Bréfritari: Jón Eldon Erlendsson
Dagsetning: A-1888-10-10
Skrifað á: Vesturheimi

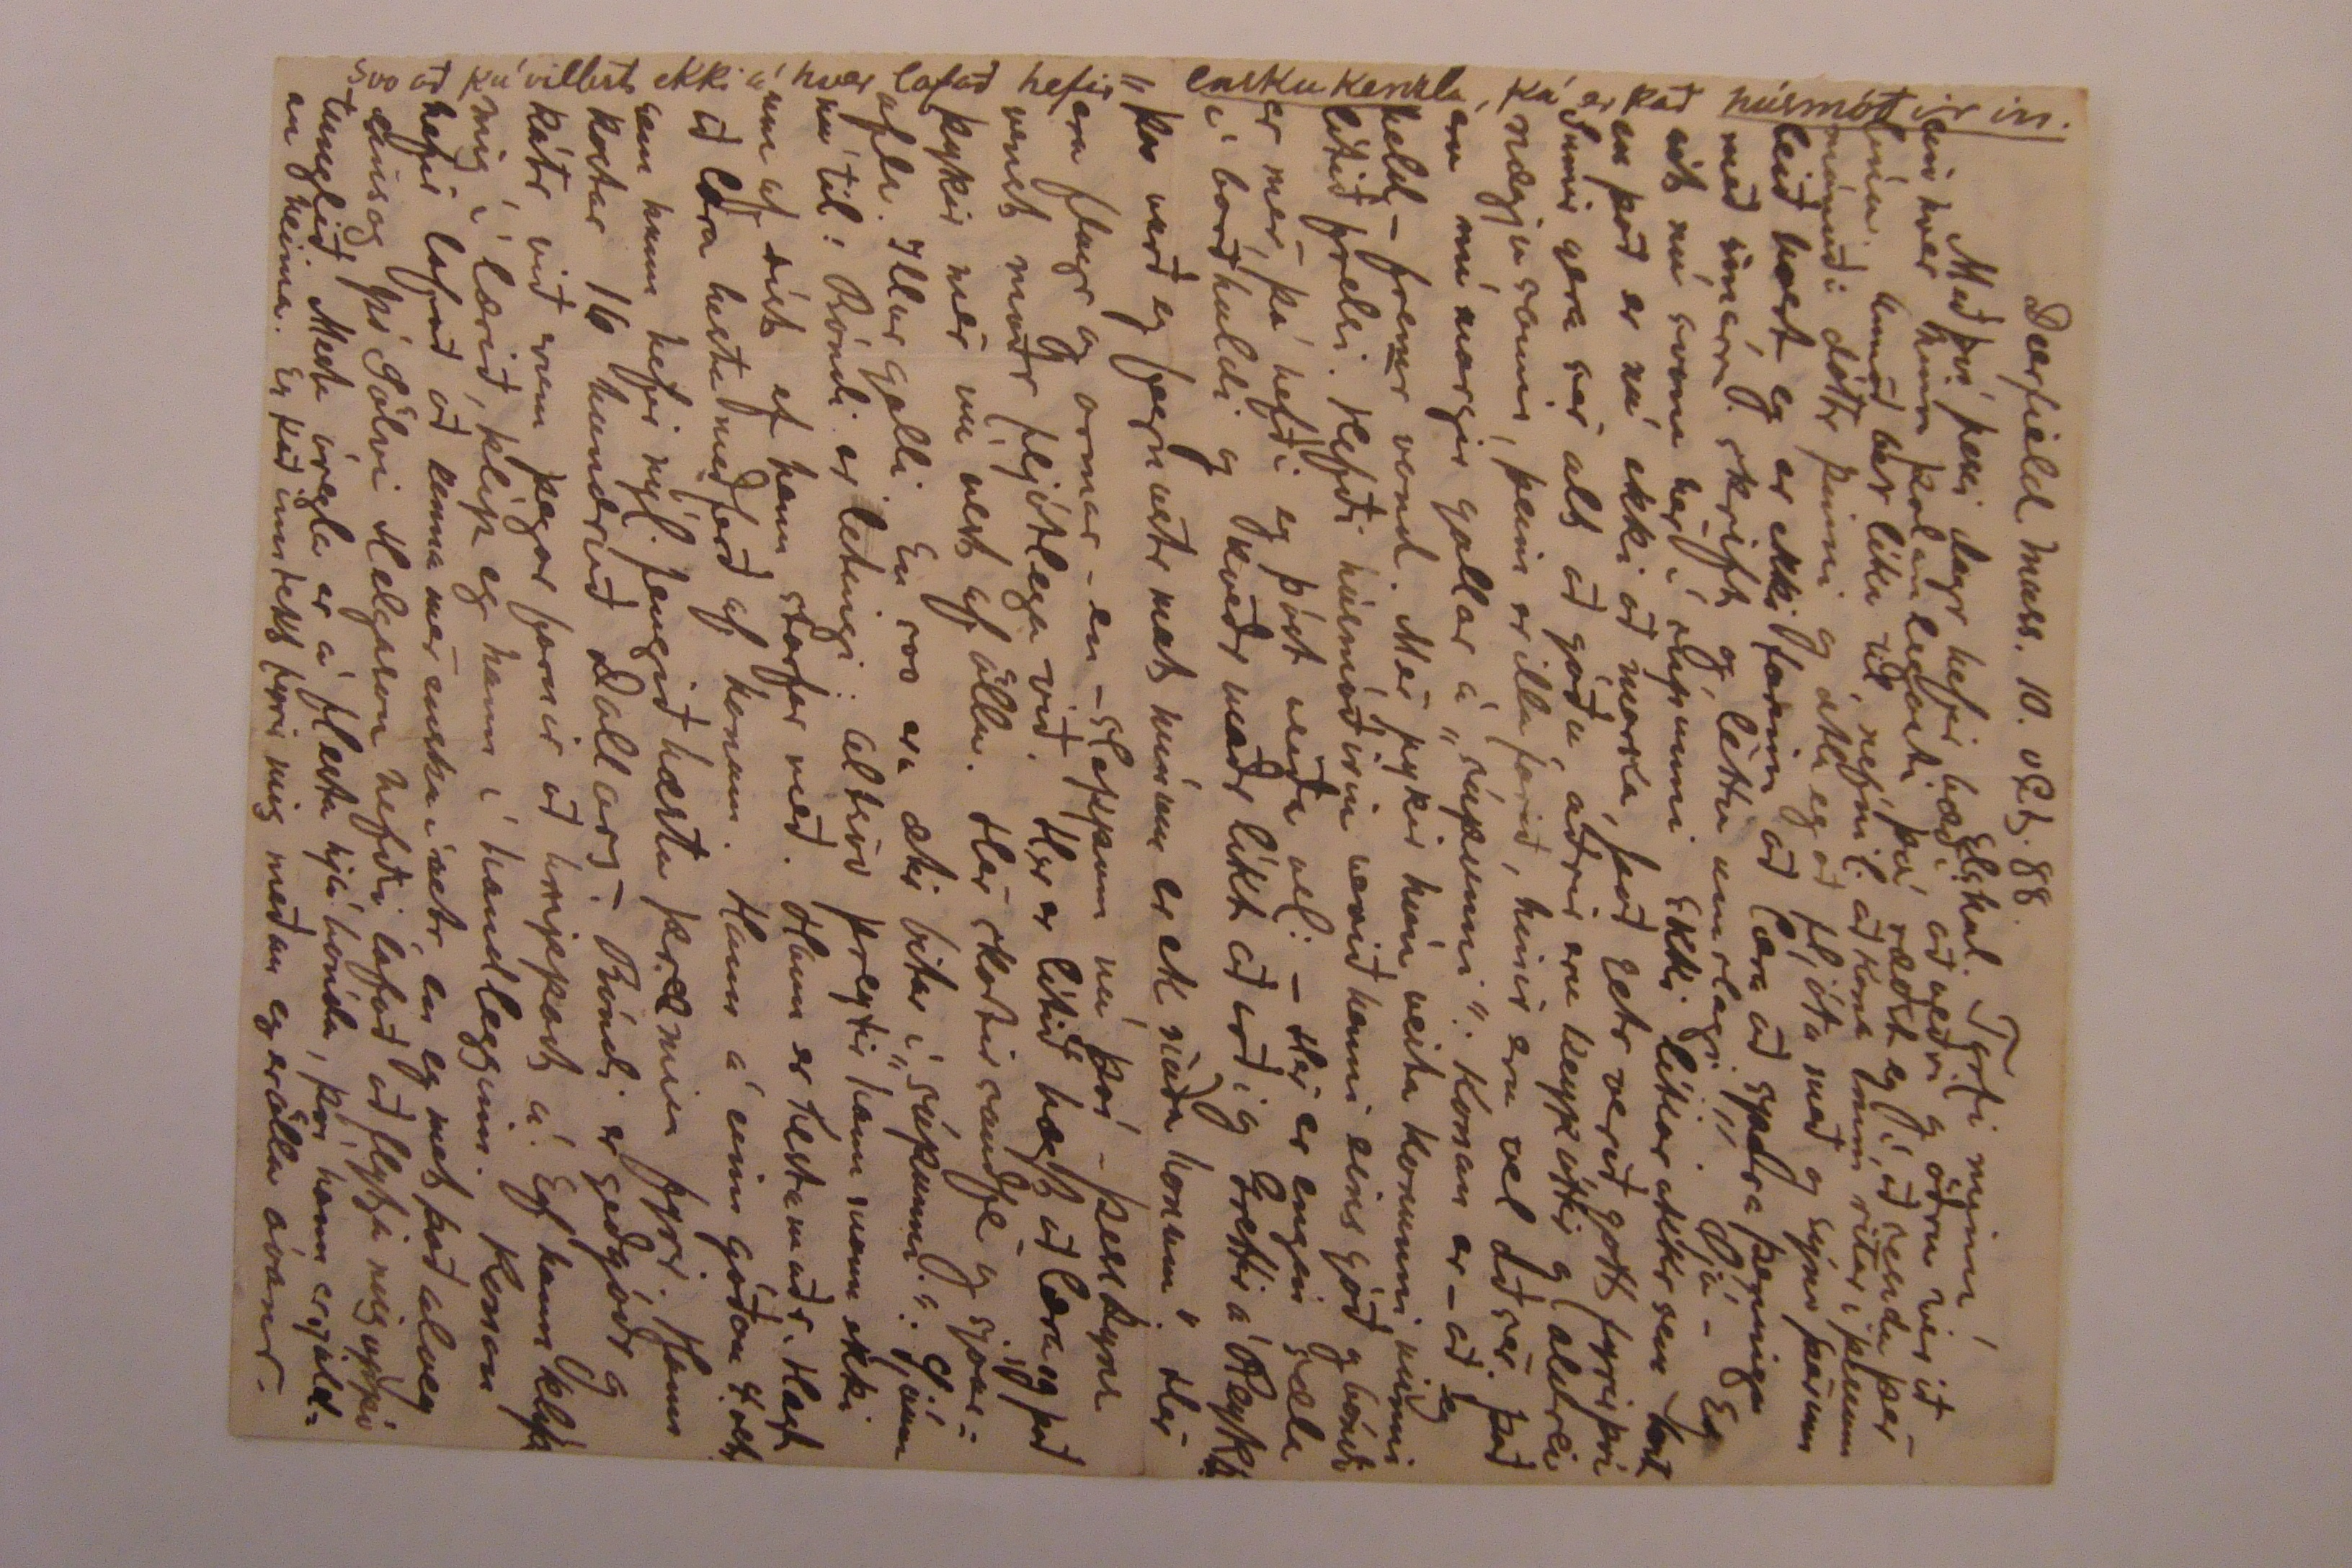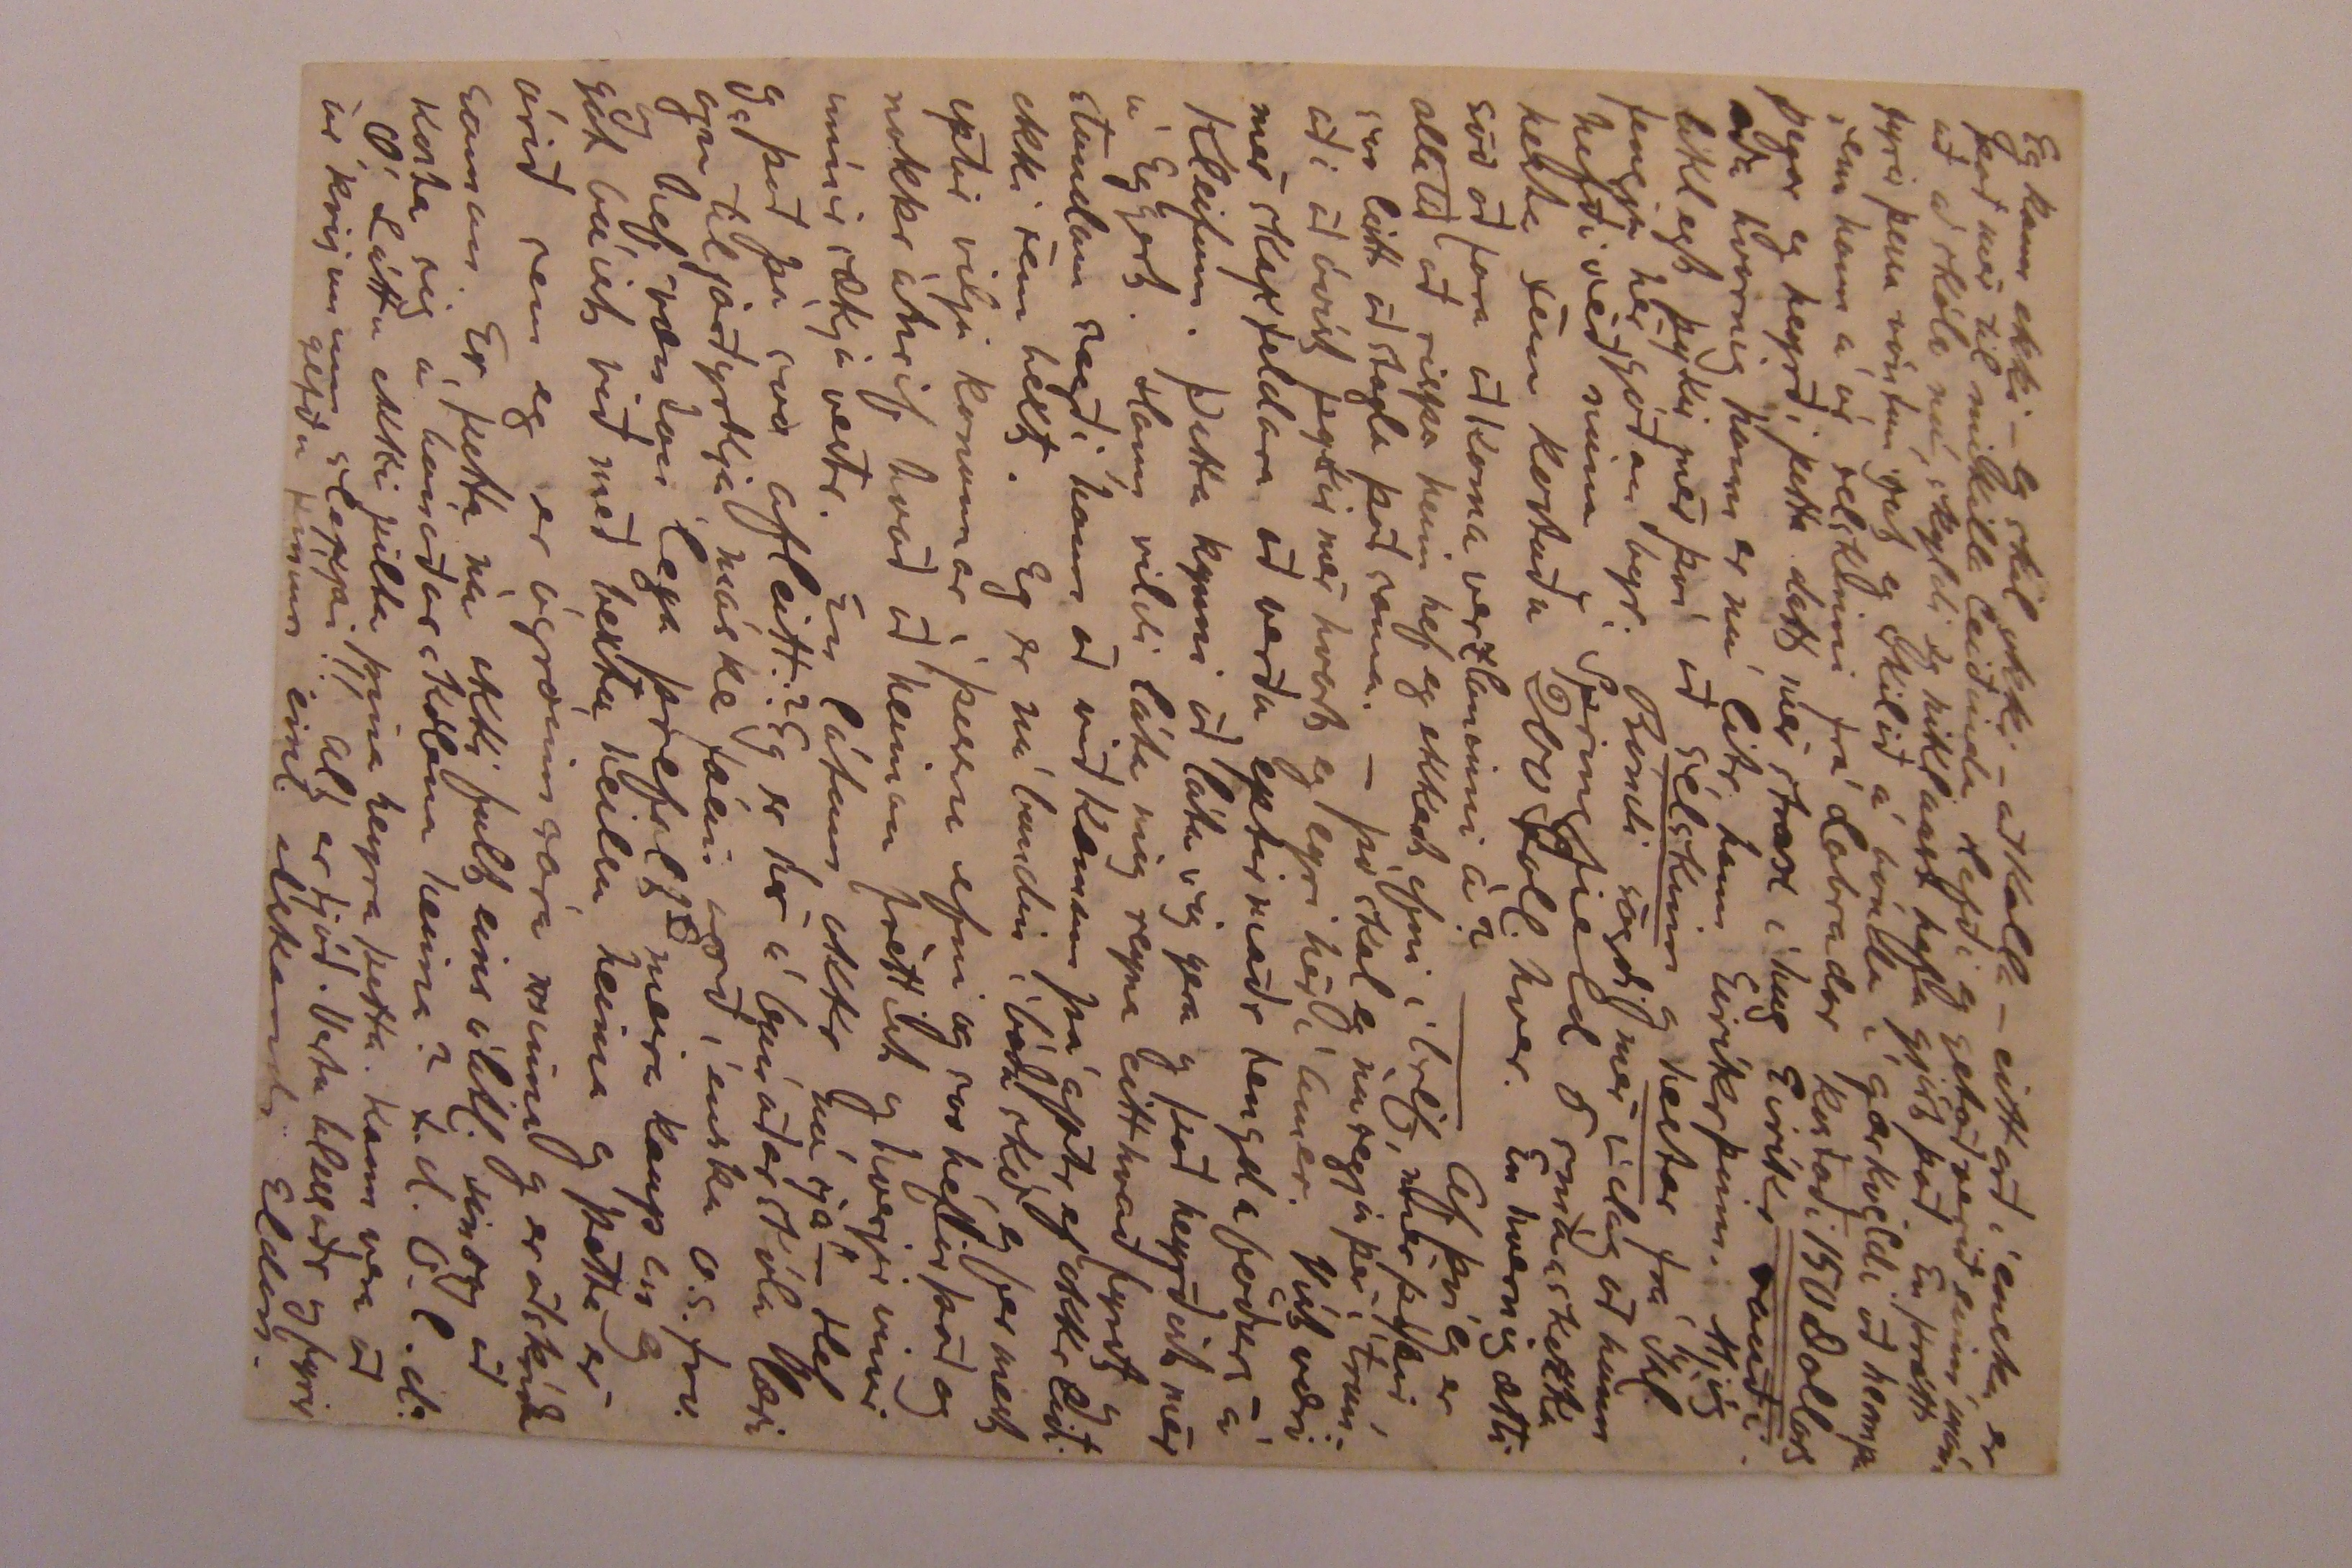

Deerfield mass. 10. oct. 88.
Elskul. Torfi minn!
Með því þessi dagr hefir bæði að veðri og öðru verið einhver hinn þolanlegasti þá ræðst eg í að senda þér línu. Annað ber líka til, nefnil. að kona mín ritar í þessum mánuði dóttr þinni og ætla eg að fljóta með og sýna þér um leið 000t eg er ekki farinn að læra að spara peninga með
smárri
skrift og léttu umslagi!! Ojá - Eg sit nú svona hér í súpunni Ekki líkar okkr sem best en það er nú ekki að marka, það getr verið gott fyrir því Sumir gera sér alt að góðu, aðrir eru
reykóttir
og aldrei nægjusamir, þeim er illa farið, hinir eru vel að sér. Það eru nú margir gallar á „súpunni": Konan er - að eg held - fremr vond. Mér þykir hún veita konunni minni lítið frelsi. Hefði húsmóðirin verið henni eins góð og bóndi er mér þá hefði eg þóst veiða vel: - Hér er engin sæla í borðhaldi og kveðr maðr líkt að orði og Grettir á
Reyks.
„þar verð eg fegnastur mat mínum er ek náða honum". Hér eru flugr og ormar- en - sleppum nú því - þess kyns venst maðr fljótlega við. Her er lítið hægt að læra og það þykir mér nú vest af öllu. Hér skortir sauðfé og
sjóarafla
. Illur galli. En svo eru ætir bitar í „súpunni". Sjáum nú til: Bóndi er letingi: Altsvo þreytir hann svona ekki um of síst ef hann starfar með. Hann er hestamaðr. Hægt að læra hestameðferð af honum. Hann á einn góðan 4 vetr sem hann hefir nýl. fengið hæsta 00000 fyrir. Hann kostar 16 hundruð dollars. Bóndi er geðgóðr og kátr við
menn
þegar farnir að hnippast á. Ef hann klípr mig í lærið, klíp eg hann í handlegginn. Konan hefir lofað að kenna mér ensku í vetr, en eg met það alveg eins og þá Sölvi Helgason hafði lofað að flytja mig uppá tunglið. Mesta óregla er á flestu hjá bónda, því hann er sjaldan heima. Er það
inntekt
fyrir mig meðan eg er öllu óvanr.
Eg kann ekki - eg skil ekki - að kalla - eitt orð í ensku, er það mér til mikilla leiðinda. Hefði eg getað verið
einn mánuð
að skóla nú skyldi eg hiklaust hafa gjört það. En þrátt fyrir þessa vöntun gat eg skilið á bónda í gærkveldi að hempa sem hann á úr selskinni frá Labrador kostaði 150
Dollars
þegar eg heyrði þetta datt mér strax í hug Eiríkr rauði eða hvernig hann er nú litr hann Eiríkr þinn. Mjög líklegt þykir mér því að
selskinn
og
hestar
frá Ísl. fengju hér góðan byr. Bóndi sagði mér í dag að hann hefði séð núna í Springfield 5 smáa 00000 hesta sem kostuðu 200 Doll. hver. En hvernig ætti svo að fara að koma verzluninni á? - Af því eg er allatíð að rispa heim hef eg ekkert efni í bréf, mér þykir svo leitt að stagla það sama. - þó skal eg nú segja þér í trúnaði að óvíst þykir mér hvort eg eyri hér í sumar. Víst væri mér skapfeldara að verða eptirmaður tengdaföðurs á Kleifum. Þetta kynni að láta
sig
gera og það heyrðist mér á Eggert. Hann vildi láta mig reyna eitthvað fyrst og stundum sagði hann að við kæmum þá aptr ef okkr liði ekki sem best. Eg er nú bundin í báða skó, og fer mest eptir vilja konunnar í þessu efni og svo hefir það og nokkr áhrif hvað að heiman fréttist og hverjir vinir mínir sækja vestr. En látum okkr nú sjá - Hef eg það þá svo afleitt? Eg er hér í búnaðarskóla læri ögn til jarðyrkju máske fáein orð í ensku o.s.frv. eg hef væntanlega þrefalt meira kaup en eg get búist við með bestu heilsu heima og þetta er árið sem eg er ógróinn sára minna og er að skríða saman. Er þetta nú ekki fult eins álitl. eins og að kosta sig á búnaðarskólana heima? t.d. O.l.d.? O! Láttu ekki pilta þína heyra þetta. Kann vera að úr kvijunum sleppi!! Alt er
ljóð
. Vertu blessðr og fyrirgefðu þínum einl. elskandi Eldon
12. oct. Elsku Torfi minn. Eg ætla að bæta svolitlu við. Í dag erum við hjónin svo rík að við eigum 19 sent!! Við eigum líka 2-3 skuldunauta sem við eigum fáeina Doll. hjá en sem eg er nærfelt sannfærðr um að allir
svíkja
. Samt sem áðr og þó mér stundum fljúgi í hug að fara héðan þegar verkast vill, hvað sem
ársvistarskilmálum
líðr - þ.e.a.s. þegar
brýnilegast
er breytt við okkr af
„nóu"
-
þá
vil eg ekki að haft sé fyrir að senda okkur einn eyri að heiman að sinni. Eg nefnil. heyrði á tengdaföðr að hann vildi hugsa í þa átt til dóttur sinnar. En hann hefir nóg með sig og sitt í þessu ári og því er réttast að við spilum á okkar eigin spil meðan við getum. En skyldi svo fara að eg hlyti vegna óyndis okkar að hverfa heim, þá er mér sú hjálpin
kærust
af Eggert að hann vildi búa í haginn fyrir okkr með þægilegt hæli, honum er það innan handar. þetta máttu sýna honum því eg hefði skrifað honum alveg á sömu leið hefði eg nú sent honum línu.
Hér í Deerfield held eg að flestir séu bæði afburðar ómenni til vinnu og haugatrassar. Eg t.d. skal segja þér eitt atriði af hirðuseminni hérna. Í hlöðu bónda einni er stafli af tóbaksblöðum. Ofaná því ganga nú allir sem hingað koma og ekki eru af
betri
klassa. þeir sækja sér vistar sem þeir bera burt í fanginu og
olæðist000
drjúgan á leiðinni. Nú er ekki þar með búið. 00000 og 00000 sem hér er margt af hafa daglega umgöngu í þessari skemmu. Ekki laga þau til þá eru
nálpokar
innan um tóbakið, reiðfæri hesta,
grís áhöld
og margt sem eg get ekki upptalið. En svo
Kóróna ein
kálfarnir altsaman, þegar þeir eru þar inni og traðka og skíta alt út. Margt fer 0000 þessar. En bóndi er glaðr og kærir sig bölvaðan. Hann er nógu ríkr. Nafn hans er 0000 H. Stebbins og eg kalla hann vanalega „Stebba" svona við konu mína.
Von hef eg um að Stebba líki allvel handtök mín og fyrir hefir það komið að eg hef brugðið út af reglum hans og hefir hann tekið eptir mér breytinguna. Eg er heldr að æfast, orðin hálfu fljótari að mjólka
kindr
en eg var fyrst!! o.s.frv. - Eg hef líka ofrlítið framhjá - Ekki hjá konunni - vel að merkja - svona á 1. ári!! - : Eg nl. gjöri dálítið fyrir mig svo sem skó og bæti mér
skinnveski
sem Stebbi fleygir. Hvortveggja er dýrt hér vestra eins og þú veizt. Í gær gjörði eg als ekkert af þyngri störfum. Eg saumaði skinnhempu fyrir bónda og var hann ánægjulegr yfir og það einkum
ef eg treysti mér til að setja fóðrið
. Við þá yfirlýsing hoppaði hann upp og lék sér einsog krakki. Bóndi er allatíð í hestabralli. Á 6 árum hefir hann átt 40 en aldrei fleiri í einu enn 6-8. Muni á hann óteljandi og mörg smíðatól. Þó skortir hefilbekk og smiðju. 2 hluti á hann lakasta í eigu sinni. Það er
konutetr
og 5 ára strákr bæði leiðinleg. Eg er hissa á Stebba jafnmiklum brallara að hann skuli ekki hafa látið kerlingu fjúka fyirr skárri skepnu!!
Aldrei veit eg um akra fjölda hans, þó er eg viss um að hann er víðlendr. Ekki meira.
O! góði vinr! mundu mig nú um að rita mér langt og rækilega svo fljótt sem þú getr. I öllum bænum fréttir frá ykkr. kaupfélaginu, hvernig líkar við „Strák". Ástandinu á Kleifum. Piltafjölda hjá þér, vetr, og um fram alt þingvallafundi og stjórnmálin o.s.frv. Vertu blessðr, margblessaðr alla tíma Heilsaðu vinum mínum sem kærast þar í kring um þig og á Kleifum. Þinn vin J.Eldon